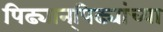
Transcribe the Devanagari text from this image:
पिढ्यान्‌पिढ्यांच्या